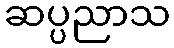
ဆပ္ပညာသ